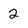
Character: 2